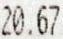
20.67